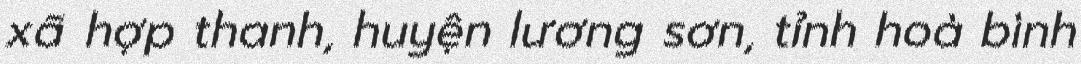
xã hợp thanh, huyện lương sơn, tỉnh hoà bình